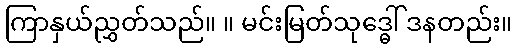
ကြာနှယ်ညွှတ်သည်။ ။ မင်းမြတ်သုဒ္ဓေါ် ဒနတည်း။